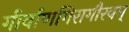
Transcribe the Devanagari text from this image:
गीर्वाणगिरागौरवम्